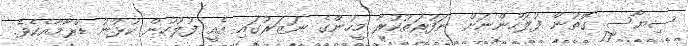
ސިޔާސީ ގޮތުން ފުލުހުންނަށް ނަފުރަތުކުރާ މީހުންގެ ނަޒަރުގައި އެއީ ފުލުހުން ކުޅުނު ޑްރާމާއެކެވެ.